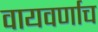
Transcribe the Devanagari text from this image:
वायवर्णाच